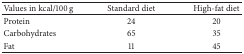
<table><thead><tr><td><b>Values in kcal/100 g</b></td><td><b>Standard diet</b></td><td><b>High-fat diet</b></td></tr></thead><tbody><tr><td>Protein</td><td>24</td><td>20</td></tr><tr><td>Carbohydrates</td><td>65</td><td>35</td></tr><tr><td>Fat</td><td>11</td><td>45</td></tr></tbody></table>